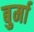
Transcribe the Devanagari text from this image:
बुर्मा